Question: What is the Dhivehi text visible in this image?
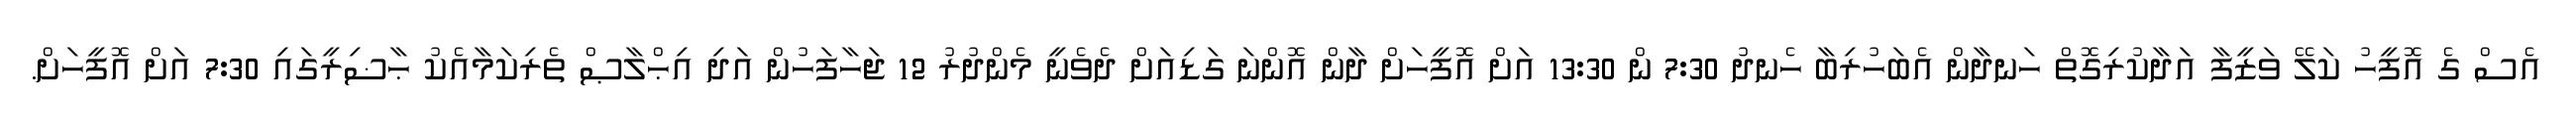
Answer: އެސް ގެ އޮފީހު ކަލޭ ވަޒީފާ އަދާކުރިގޮތް ހަނދާން އެބަހުރިބާ ހެނދު 7:30 ން 13:30 އަށް އޮފީހަށް ދާން އޮންނަ ގަޑިއަށް ދެވެނީ މެންދުރު 12 ޖަހާފަހުން އަދި އިޙްލާޞް ތެރިކަމާއެކު ޙާޟިރީގައި 7:30 އަށް އޮފީހަށް.